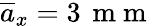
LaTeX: \overline{{a}}_{x}=3\, \mathrm{~m~m~}